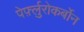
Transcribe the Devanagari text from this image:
पेर्फ़्लुरोकर्बोन